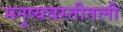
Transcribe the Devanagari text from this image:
मनुष्यवस्तीतली